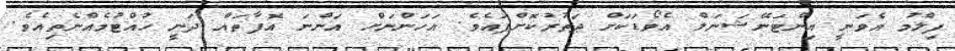
ފިލްމު އެވަނީ އިންޓަނޭޝަނަލް އެވޯޑަކަށް ދަތުރުކޮށްފައެވެ. އަހަންނަށް އަންނަ އޮފާތައް ދަނީ ހުއްޓުމެއްނެތިއެވެ.